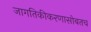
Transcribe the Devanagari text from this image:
जागतिकीकरणासोबतच